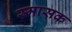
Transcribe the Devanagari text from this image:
स्मासक